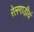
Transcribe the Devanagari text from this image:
रेलगाड़ीयं